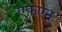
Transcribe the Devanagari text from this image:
एफएन